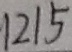
1 2 1 5